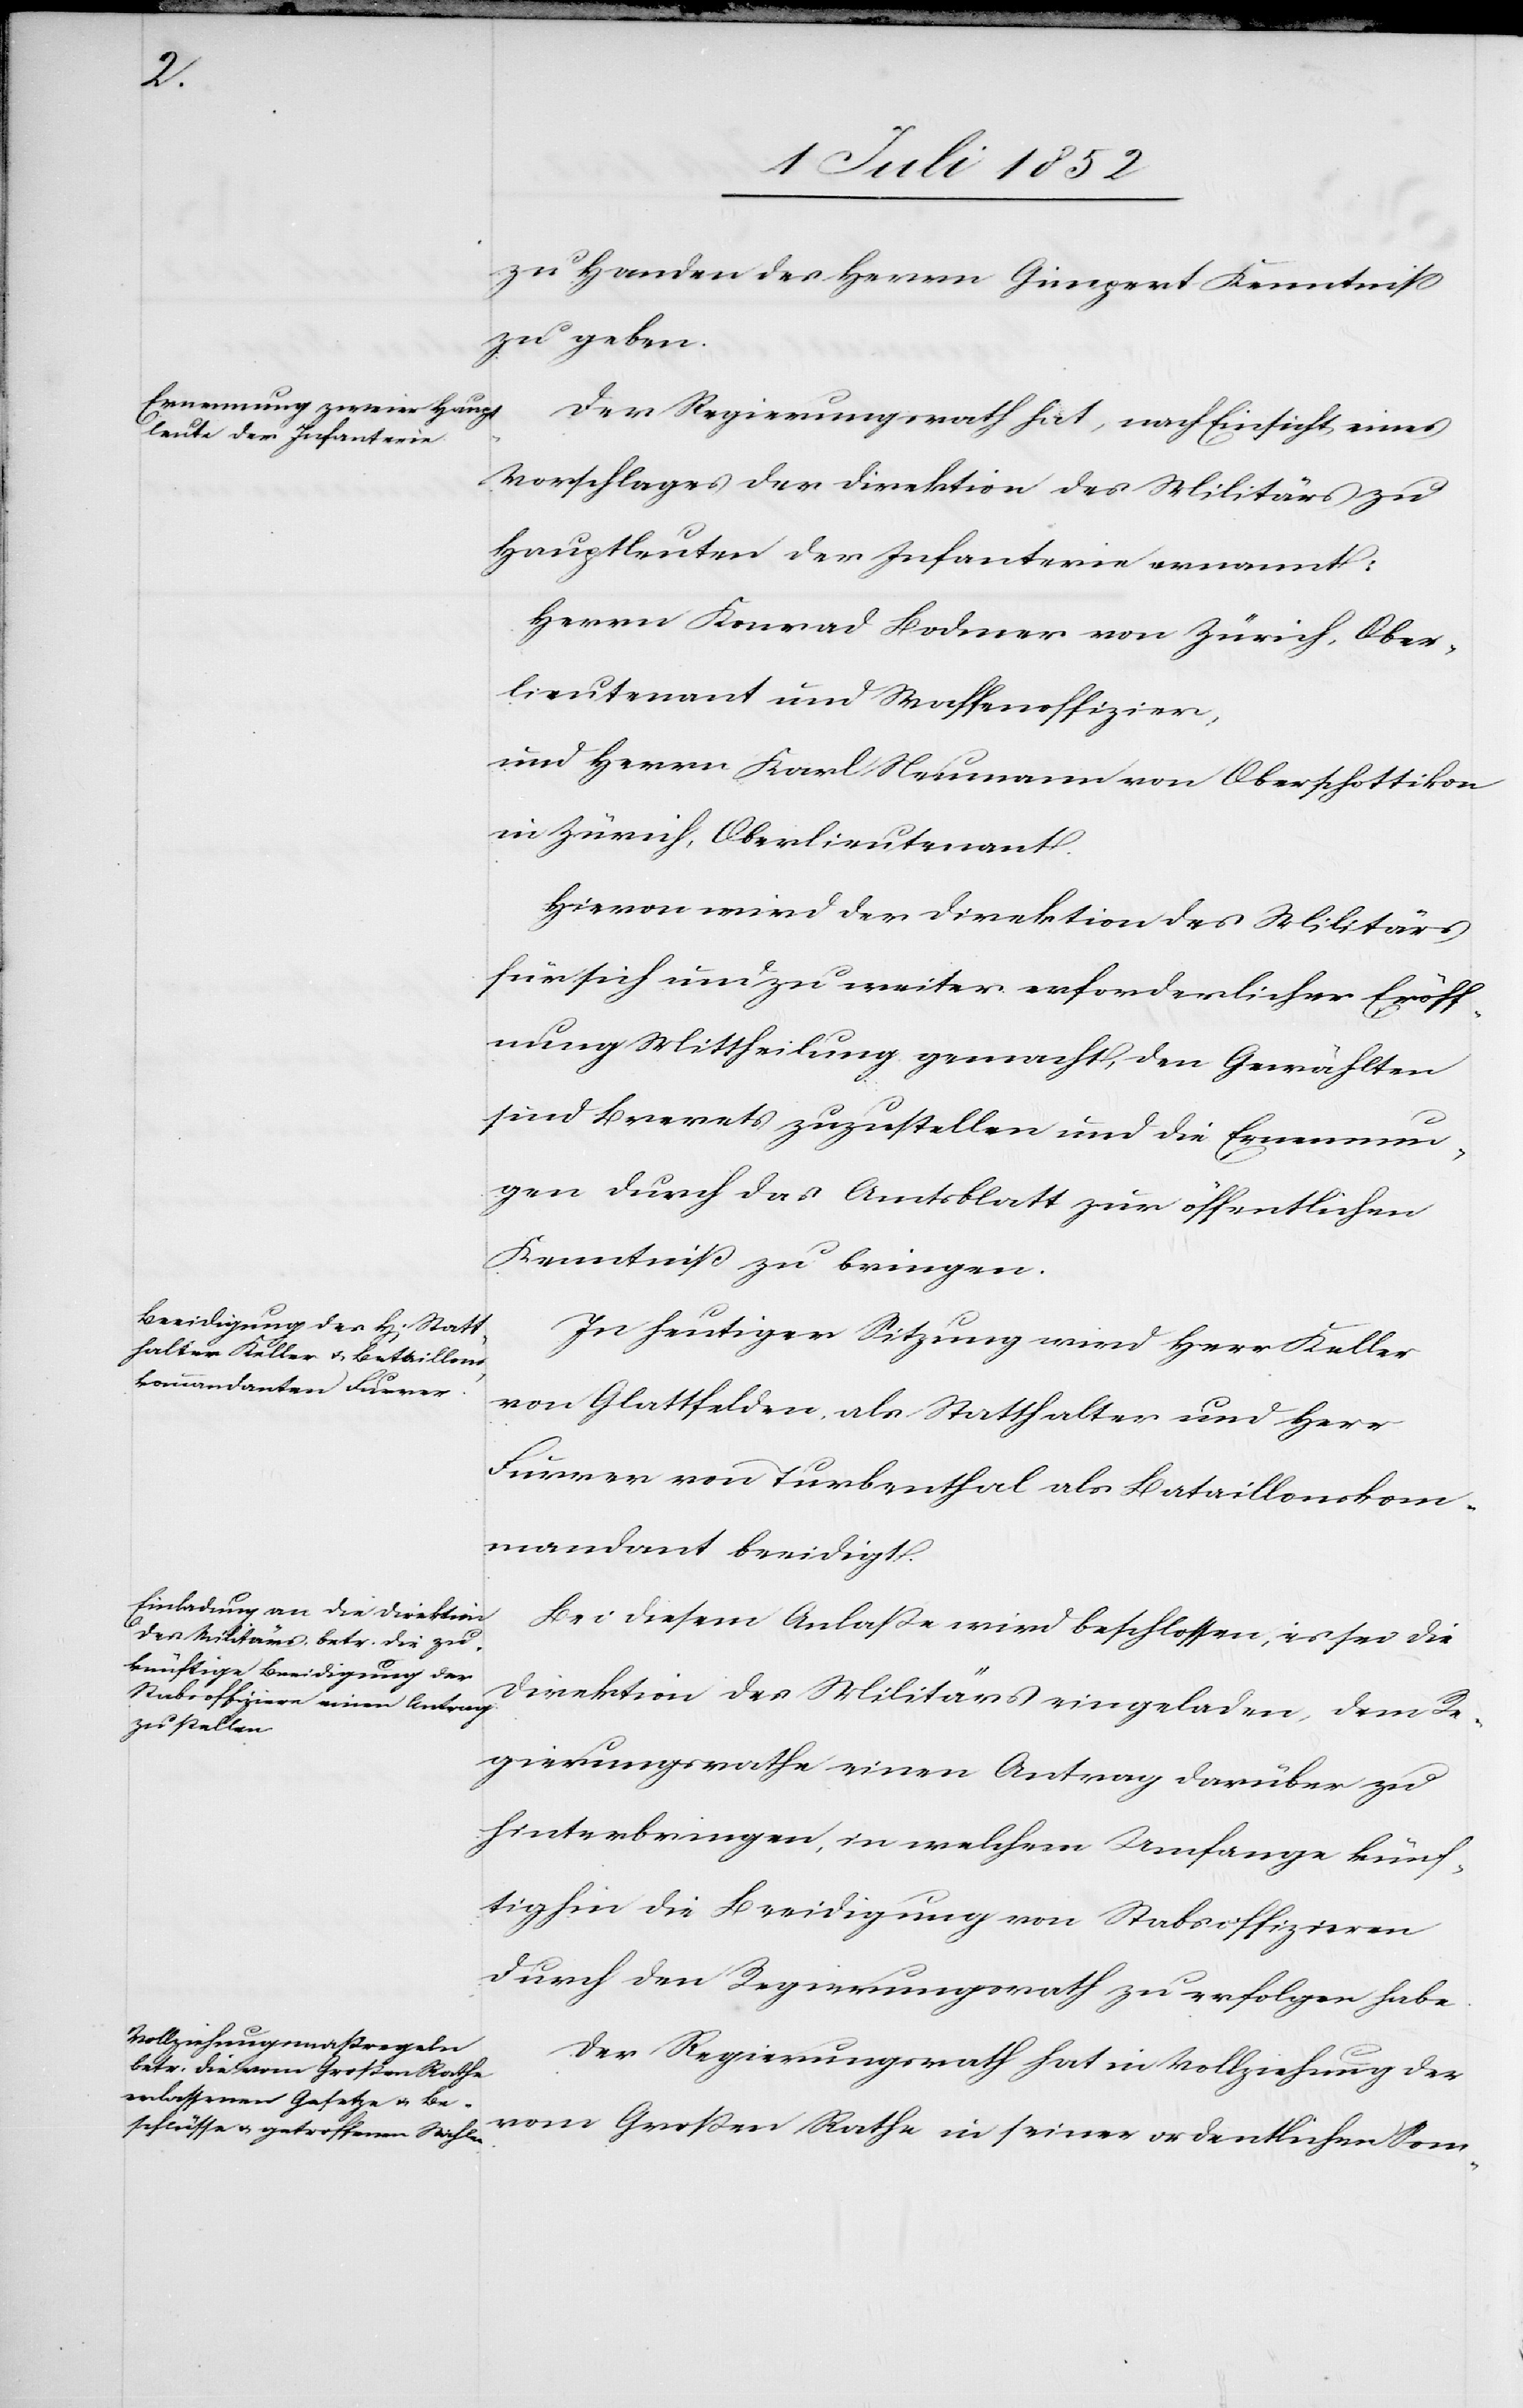
zu Handen des Herrn Gimpert Kenntniss
zu geben.
Der Regierungsrath hat, nach Einsicht eines
Vorschlages der Direktion des Militärs zu
Hauptleuten der Infanterie ernannt:
Herrn Konrad Bodmer von Zürich, Ober¬
lieutenant und Waffenoffizier,
und Herrn Karl Neumann von Oberschottikon
in Zürich, Oberlieutenant.
Hievon wird der Direktion des Militärs
für sich und zu weiter erforderlicher Eröff¬
nung Mittheilung gemacht, den Gewählten
sind Brevets zuzustellen und die Ernennun¬
gen durch das Amtsblatt zur öffentlichen
Kenntniß zu bringen.
In heutiger Sitzung wird Herr Keller
von Glattfelden, als Statthalter und Herr
Furrer von Turbenthal als Bataillonskom¬
mandant beeidigt.
Bei diesem Anlasse wird beschlossen, es sei die
Direktion des Militärs eingeladen, dem Re¬
gierungsrathe einen Antrag darüber zu
hinterbringen, in welchem Umfange künf¬
tighin die Beeidigung von Stabsoffizieren
durch den Regierungsrath zu erfolgen habe.
Der Regierungsrath hat in Vollziehung der
vom Großen Rathe in seiner ordentlichen Som-